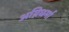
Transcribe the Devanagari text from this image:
अग्निधर्मा